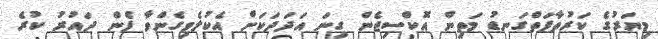
މިޔަރުގެ ކަރުތާފަތްގަނޑު މަތިން އޮކްސިޖެން ގިނަ އަދަދަކަށް އެކުލެވިގެންވާ ފެން ދައުރު ކުރެ